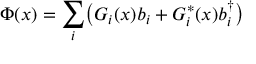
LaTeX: \Phi ( x ) = \sum _ { i } \bigl ( G _ { i } ( x ) b _ { i } + G _ { i } ^ { * } ( x ) b _ { i } ^ { \dagger } \bigr )